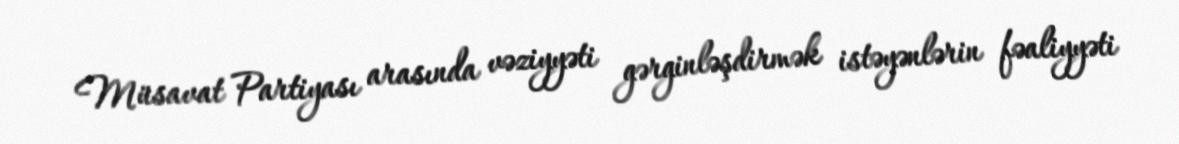
Müsavat Partiyası arasında vəziyyəti gərginləşdirmək istəyənlərin fəaliyyəti